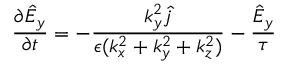
\frac { \partial \hat { E } _ { y } } { \partial t } = - \frac { k _ { y } ^ { 2 } \hat { { j } } } { \epsilon ( k _ { x } ^ { 2 } + k _ { y } ^ { 2 } + k _ { z } ^ { 2 } ) } - \frac { \hat { E } _ { y } } { \tau }